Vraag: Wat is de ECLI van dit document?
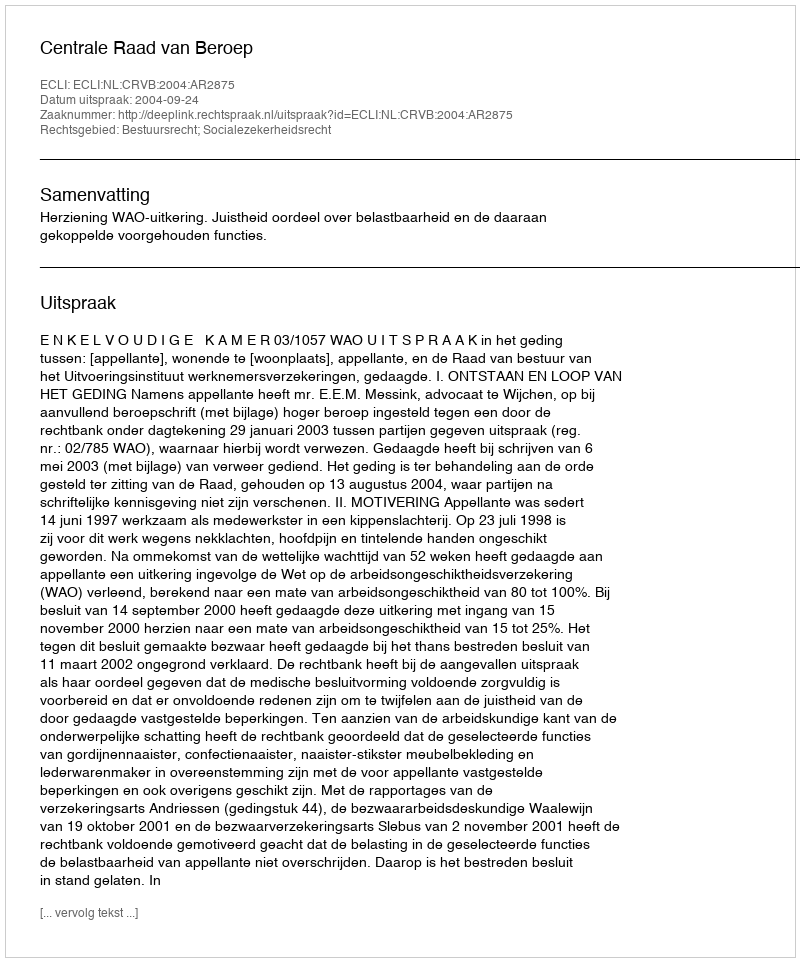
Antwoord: ECLI:NL:CRVB:2004:AR2875